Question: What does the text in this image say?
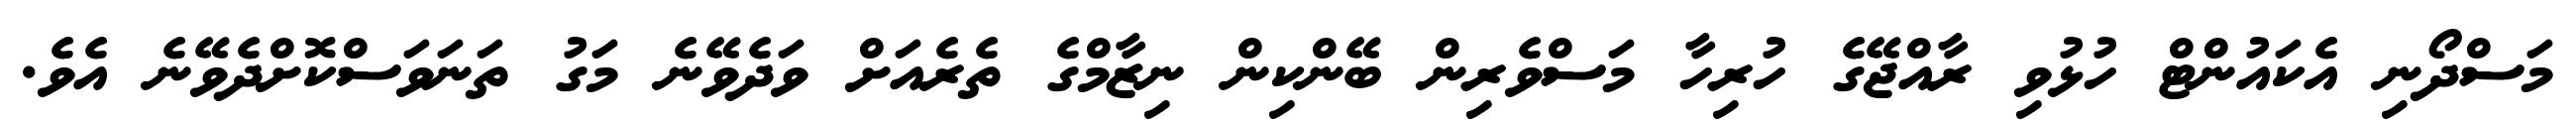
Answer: މަސްދޯނި އެކައުންޓް ހުޅުވި ރާއްޖޭގެ ހުރިހާ މަސްވެރިން ބޭންކިން ނިޒާމްގެ ތެރެއަށް ވަދެވޭނެ މަގު ތަނަވަސްކޮށްދެވޭނެ އެވެ.